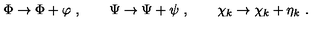
\Phi \to \Phi + \varphi \ , \qquad \Psi \to \Psi + \psi \ , \qquad \chi _ { k } \to \chi _ { k } + \eta _ { k } \ .